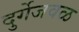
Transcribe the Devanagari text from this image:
दुर्गेजवळ